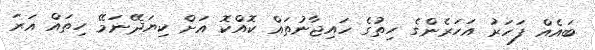
ބައެއް ފަހަރު އަހަރެންގެ ހިތުގެ ހައިޖާނުތައް ކޮއްކޮ އަށް ކިޔަދޭނަމޭ ހިތައް އަރަ